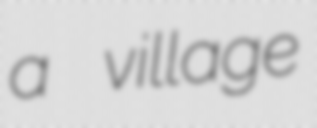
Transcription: a village